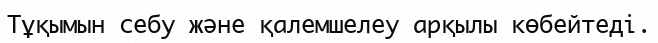
Тұқымын себу және қалемшелеу арқылы көбейтеді.